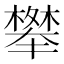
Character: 𭬑